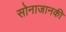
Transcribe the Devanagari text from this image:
सोनाजानकी